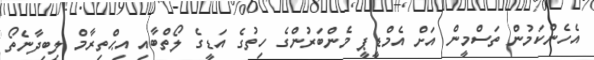
އެހެންކަމުން ތަސްމީން އަށް އެމްޑީޕީ މެންބަރުންގެ ހިތުގެ އަޑީގެ ލޯތްބާއި އިޙްތިރާމް ލިބިދާނެތޯ